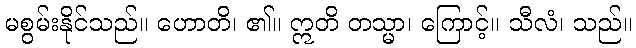
မစွမ်းနိုင်သည်။ ဟောတိ၊ ၏။ ဣတိ တသ္မာ၊ ကြောင့်။ သီလံ၊ သည်။